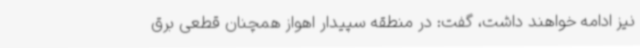
نیز ادامه خواهند داشت، گفت: در منطقه سپیدار اهواز همچنان‌ قطعی برق